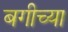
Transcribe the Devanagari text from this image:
बगीच्या